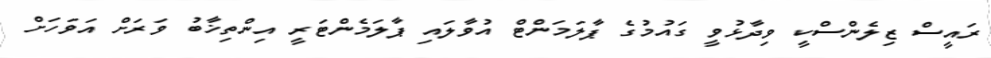
ރައީސް ޒިލެންސްކީ ވިދާޅުވީ ގައުމުގެ ޕާލަމަންޓް އުވާލައި ޕާލަމެންޓަރީ އިންތިޚާބު ވަރަށް އަވަހަށް